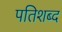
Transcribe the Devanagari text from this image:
पतिशब्द